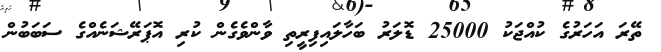
ތޭރަ އަހަރުގެ ކުއްޖަކު 25000 ޑޮލަރު ބަހާލައިފިރީތި ވާންވެގެން ކުރި އޮޕަރޭޝަނެއްގެ ސަބަބުން